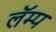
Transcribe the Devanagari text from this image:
लॅम्प